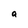
Character: a